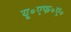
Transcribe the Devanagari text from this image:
यू॰एफ॰ए॰